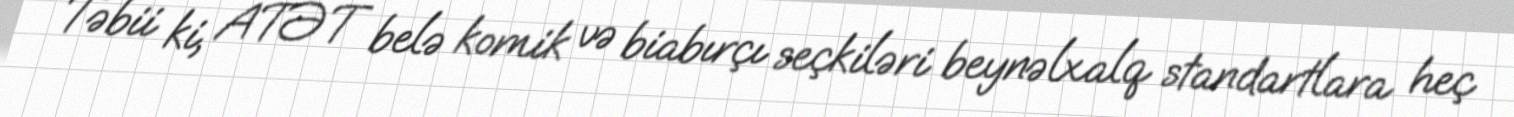
Təbii ki, ATƏT belə komik və biabırçı seçkiləri beynəlxalq standartlara heç